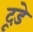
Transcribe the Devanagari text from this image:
टूड़े